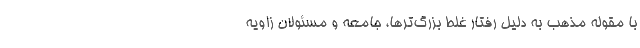
با مقوله مذهب به دلیل رفتار‌ غلط بزرگ‌ترها، جامعه و مسئولان زاویه